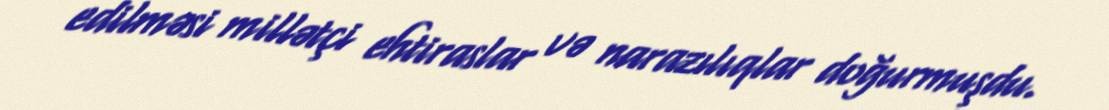
edilməsi millətçi ehtiraslar və narazılıqlar doğurmuşdu.